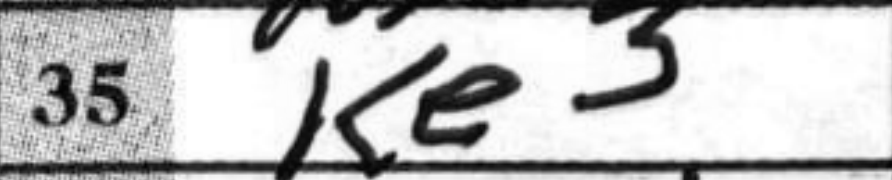
Transcription: Ke3